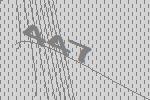
447